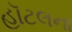
હૉટલના